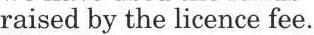
raised by the licence fee.